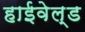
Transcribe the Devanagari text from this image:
हाईवेल्ड